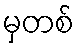
မှတစ်